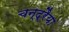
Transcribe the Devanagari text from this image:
चन्द्रैया